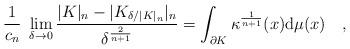
LaTeX: \begin{align*}\frac{1}{c_n} \ \lim_{\delta\rightarrow 0}\frac{|K|_n-|K_{\delta/|K|_n}|_n}{\delta^{\frac{2}{n+1}}}= \int_{\partial K}\kappa^{\frac{1}{n+1}}(x)\mathrm{d}\mu(x)\quad,\end{align*}